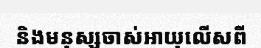
និងមនុស្សចាស់អាយុលើសពី